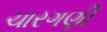
ચારગણી